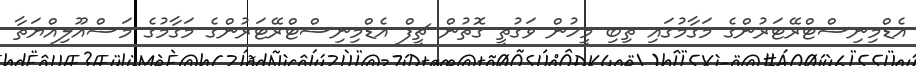
އެޑްމިނިސްޓްރޭޓަރުންގެ މަގާމުގައި ތިބި މީހުން ވަގުތީ ގޮތުން ޗީފް އެޑްމިނިސްޓްރޭޓަރުންގެ މަގާމުގެ މަސްއޫލިއްޔަތާ